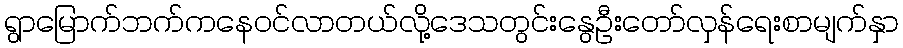
ရွာမြောက်ဘက်ကနေဝင်လာတယ်လို့ဒေသတွင်းနွေဦးတော်လှန်ရေးစာမျက်နှာ